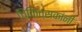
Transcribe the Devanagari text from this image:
चिकित्सकांनी